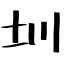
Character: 圳